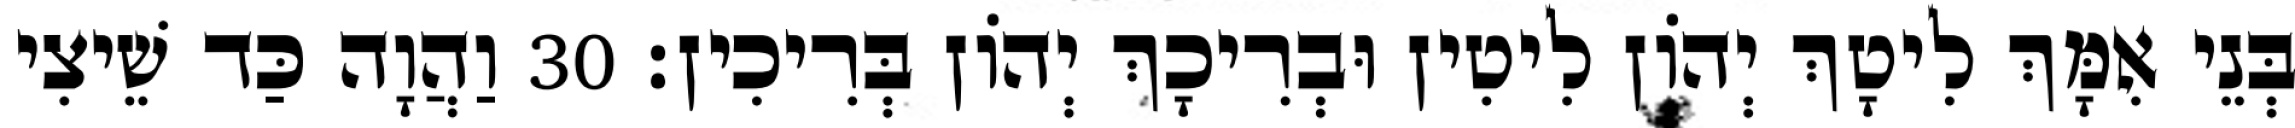
בְּנֵי אִמָּךְ לִיטָךְ יְהוֹן לִיטִין וּבְרִיכָךְ יְהוֹן בְּרִיכִין׃ 30 וַהֲוָה כַּד שֵׁיצִי